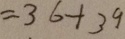
= 3 6 + 3 9